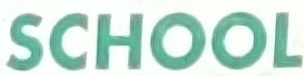
SCHOOL